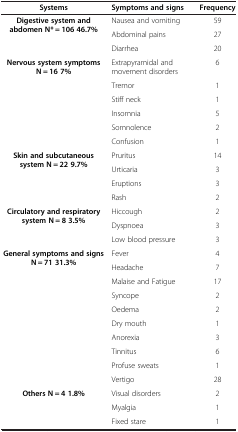
| Systems | Symptoms and signs | Frequency |
 | --- | --- | --- |
 | <ROWSPAN=3> Digestive system and abdomen N* = 106 46.7% | Nausea and vomiting | 59 |
 | Abdominal pains | 27 |
 | Diarrhea | 20 |
 | <ROWSPAN=6> Nervous system symptoms N = 16 7% | Extrapyramidal and movement disorders | 6 |
 | Tremor | 1 |
 | Stiff neck | 1 |
 | Insomnia | 5 |
 | Somnolence | 2 |
 | Confusion | 1 |
 | <ROWSPAN=4> Skin and subcutaneous system N = 22 9.7% | Pruritus | 14 |
 | Urticaria | 3 |
 | Eruptions | 3 |
 | Rash | 2 |
 | <ROWSPAN=3> Circulatory and respiratory system N = 8 3.5% | Hiccough | 2 |
 | Dyspnoea | 3 |
 | Low blood pressure | 3 |
 | <ROWSPAN=10> General symptoms and signs N = 71 31.3% | Fever | 4 |
 | Headache | 7 |
 | Malaise and Fatigue | 17 |
 | Syncope | 2 |
 | Oedema | 2 |
 | Dry mouth | 1 |
 | Anorexia | 3 |
 | Tinnitus | 6 |
 | Profuse sweats | 1 |
 | Vertigo | 28 |
 | <ROWSPAN=3> Others N = 4 1.8% | Visual disorders | 2 |
 | Myalgia | 1 |
 | Fixed stare | 1 |